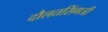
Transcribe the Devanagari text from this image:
दौलतसिंगजी